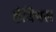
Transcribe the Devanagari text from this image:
हेबियस